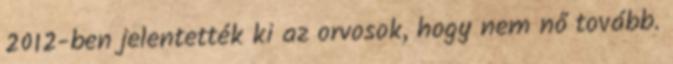
2012-ben jelentették ki az orvosok, hogy nem nő tovább.